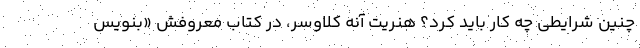
چنین شرایطی چه کار باید کرد؟ هنریت آنه کلاوسر، در کتاب معروفش «بنویس